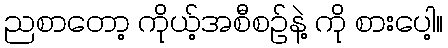
ညစာတော့ ကိုယ့်အစီစဉ်နဲ့ ကို စားပေါ့။